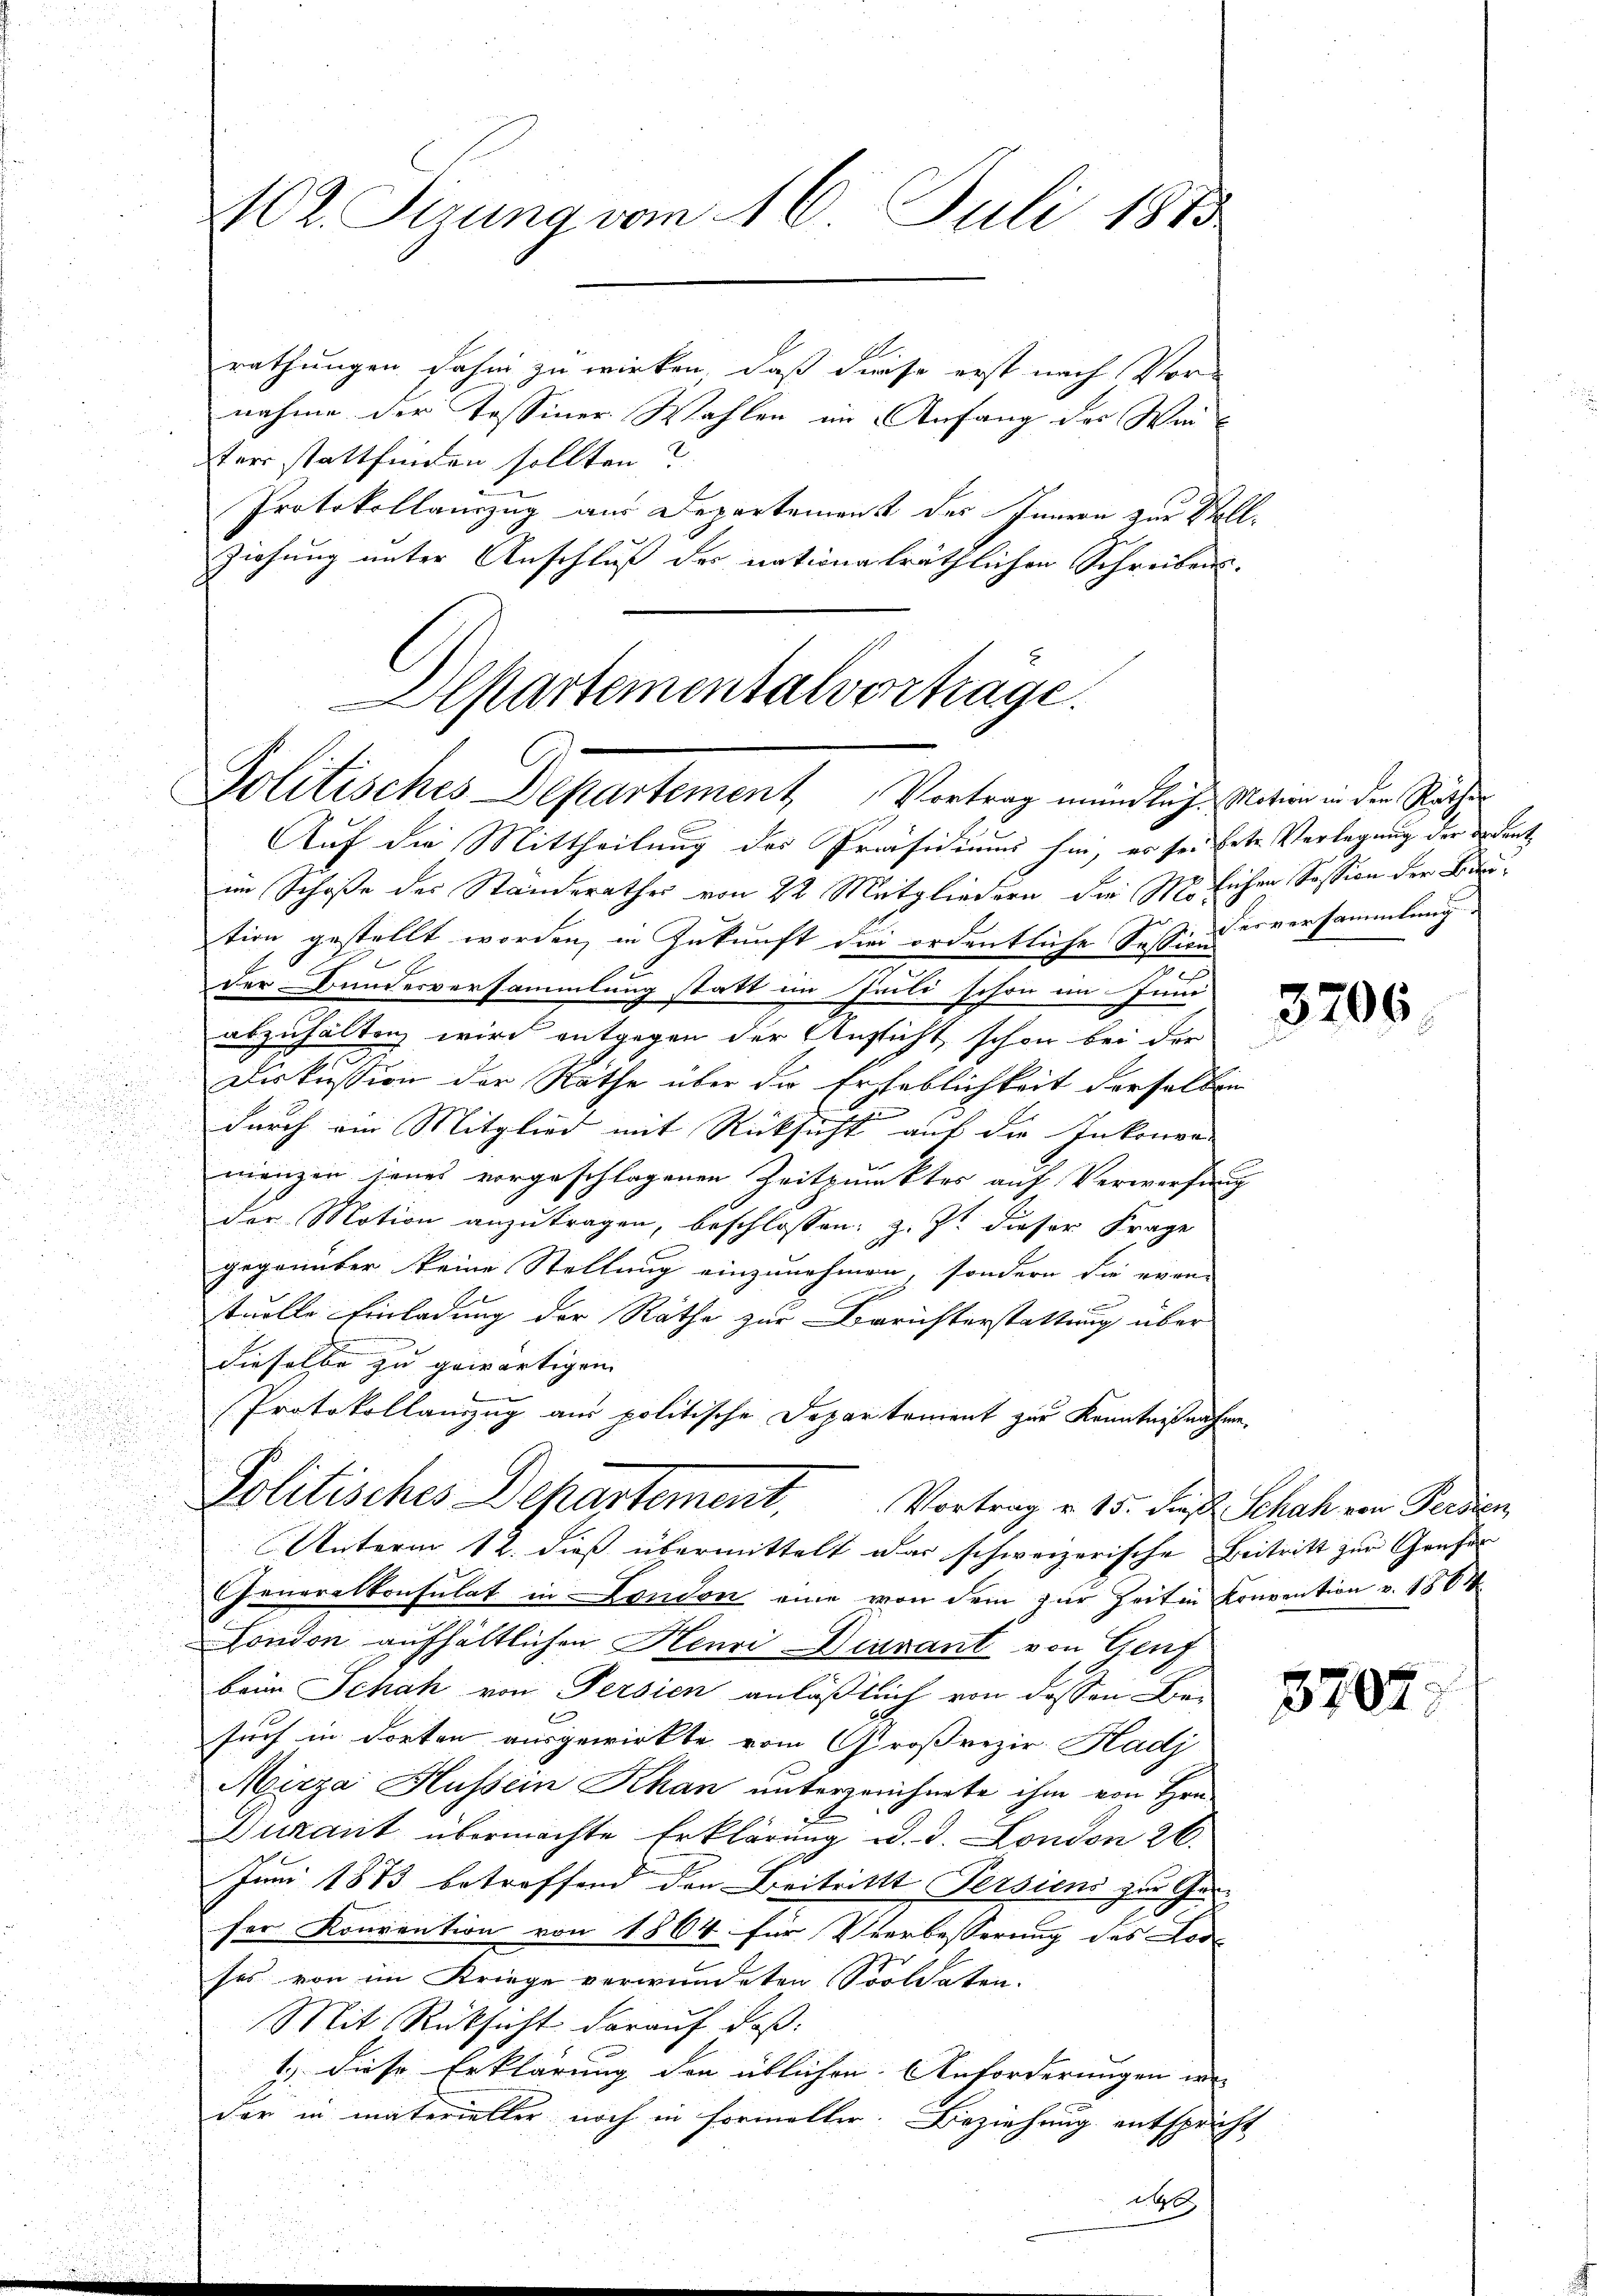
M2. Sirung vom 16. Juli 1883

rathungen dahin zu wirken, daß diese erst nach Vor-
nahme der Tessiner Wahlen in Anfang der Weiter stattfinden sollten?
Protokollauszug aus Departement des Innern zur Vollziehung unter Anschluß der nationalräthlichen Schreiben.

Departementalvortrage.
Politisches Departement Vortrag mündlich. Nation in den Räthe

Auf die Mittheilung des Präsidium sie, es sei bete Verlegung der ordent
im Schoße des Standerathes von 22 Mitgliedern die 110 licher Session der Betion gestellt worden, in Zukunft die ordentliche Session versammlung
der Bunderversammlung statt im Geili schon im Jun
abzuhalten wird entgegen der Aussicht, schon bei der
Diskussion der Rathe über die Erheblichkeit derselben
durch ein Mitglied mit Rücksicht auf die Inkonven
manzen seines vorgeschlagenen Zeitpunktes auf Verwerfung
der Motion anzutragen, beschlossen: z. Zt. dieser Frage
gegenüber keine Stellung einzunehmen, sondern die even
tuelle Einladung der Rathe zur Berichterstattung über
dieselbe zu gewärtigen.
Protokollanzug am politische Departement zur Kenntnißnahmen.
Unterm 12. dieß übermittelt das schweizerische Beitritt zur Grufen
Generalkonsulat in London eine von dem zur Zeiten Konvention v. 1864
London aufhältlichen Henri Diavant von Genf
beim Schah von Persien anläßlich von dessen Be-
such in dorten ausgewirkte vom Großrizir Hadj
Mirza Hussein Khan unterzeichnete ihm von Hrn
Dukant übermachte Erklärung d. d. London 26.
d
Juni 1873 betreffend den Beitrittt Persiens zur Ge
fer Konvention von 1864 für Verbesserung des Lode
ses von im Kriege verwundeten Soldaten.
Mit Rücksicht darauf daß
1) diese Erklärung den üblichen Anforderungen wer
der in materieller noch in Formeller. Beziehung entspricht
das

Politisches Departement. Vortrag v. 15. des Schah von Ferdien

3206

3702